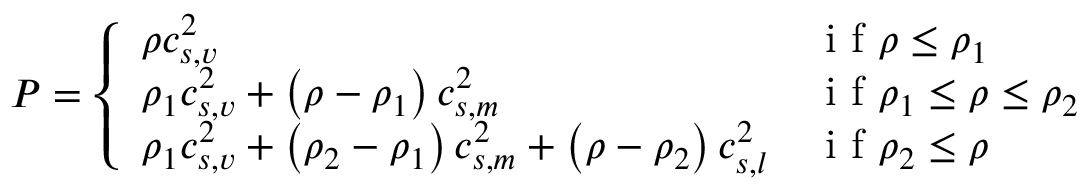
P = \left\{ \begin{array} { l l } { \rho c _ { s , v } ^ { 2 } } & { \mathrm { ~ i ~ f ~ } \rho \leq \rho _ { 1 } } \\ { \rho _ { 1 } c _ { s , v } ^ { 2 } + \left( \rho - \rho _ { 1 } \right) c _ { s , m } ^ { 2 } } & { \mathrm { ~ i ~ f ~ } \rho _ { 1 } \leq \rho \leq \rho _ { 2 } } \\ { \rho _ { 1 } c _ { s , v } ^ { 2 } + \left( \rho _ { 2 } - \rho _ { 1 } \right) c _ { s , m } ^ { 2 } + \left( \rho - \rho _ { 2 } \right) c _ { s , l } ^ { 2 } } & { \mathrm { ~ i ~ f ~ } \rho _ { 2 } \leq \rho } \end{array} \right.